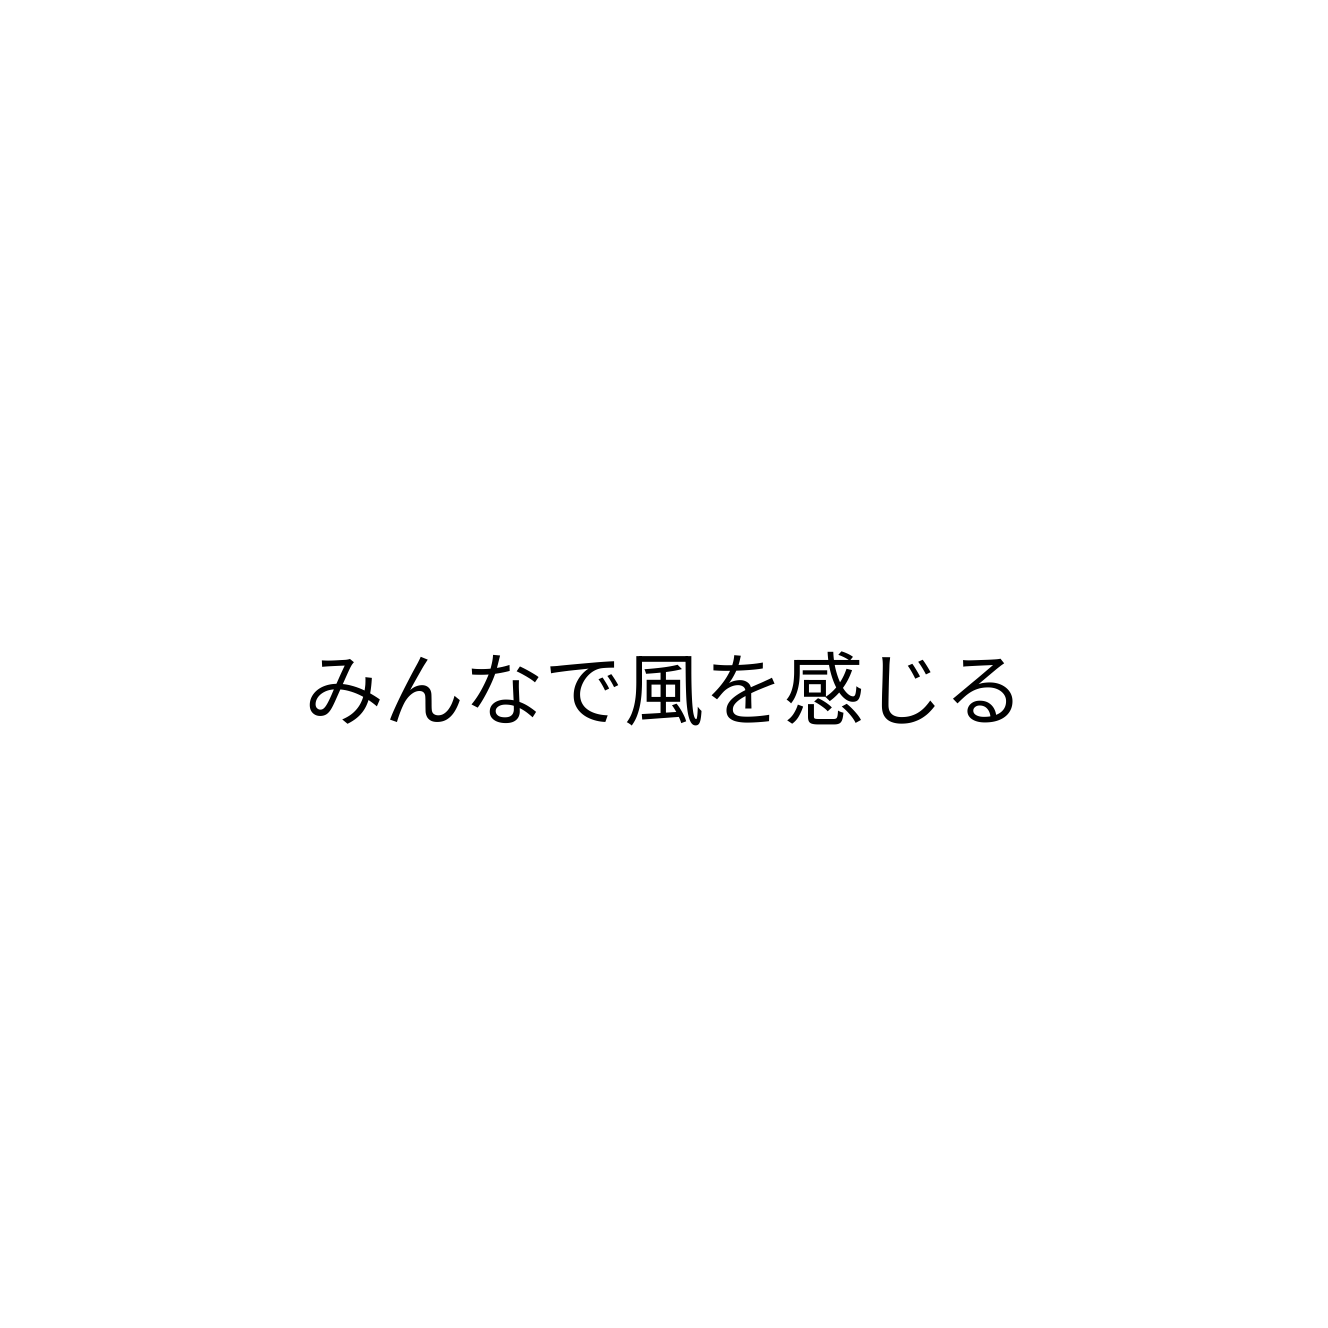
みんなで風を感じる